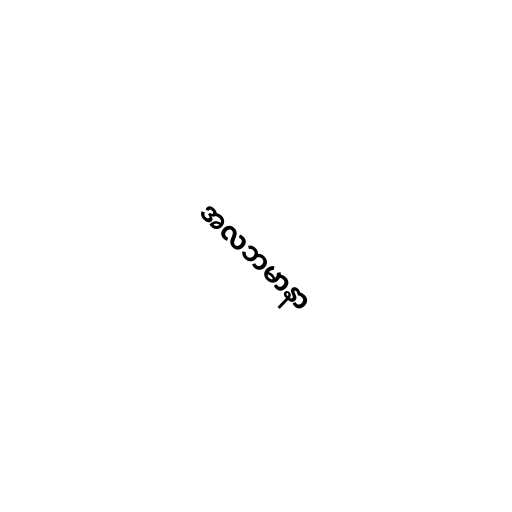
အလဘမာနာ